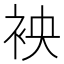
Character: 䘧